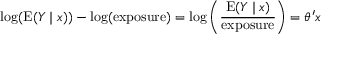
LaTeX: \log ( \operatorname { E } ( Y \mid x ) ) - \log ( { \mathrm { e x p o s u r e } } ) = \log \left( { \frac { \operatorname { E } ( Y \mid x ) } { \mathrm { e x p o s u r e } } } \right) = \theta ^ { \prime } x